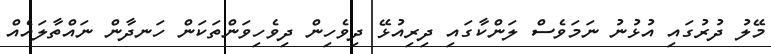
މޭލު ދުރުގައި އުޅުނު ނަމަވެސް ލަންކާގައި ދިރިއުޅޭ ދިވެހިން ދިވެހިވަންތަކަން ހަނދާން ނައްތާލައެއް